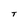
Character: t